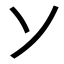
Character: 𬼀